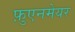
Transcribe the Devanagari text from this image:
फ़ुएनमेयर